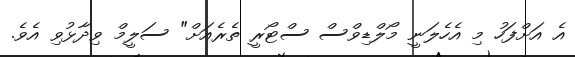
އެ އަށްފަހު މި އެހެލަނީ މޯލްޑިވްސް ސްޓޯރީ ތެރެއަށް" ސަލީމް ވިދާޅުވި އެވެ.